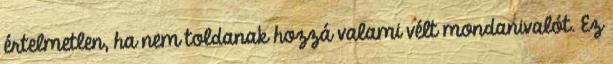
értelmetlen, ha nem toldanak hozzá valami vélt mondanivalót. Ez